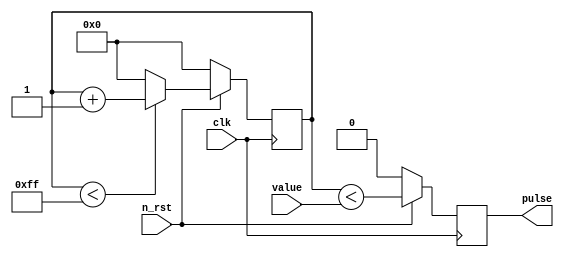
`default_nettype none

module pwm
  #(
    parameter CLOCK_FREQ = 50 * 10 ** 6, // 50 MHz
    parameter SCALE = 256
  )
  (
    input wire clk,
    input wire n_rst, 
    input wire [$clog2(SCALE):0] value,
    output wire pulse
  );

  reg [$clog2(SCALE):0] clk_cnt = 'd0;
  reg pulse_reg = 1'b0;

  assign pulse = pulse_reg;

  always @(posedge clk) begin
    if (!n_rst) begin
      // reset
      clk_cnt <= 1'b0;
      pulse_reg = 1'b0;
    end else begin
      // count clock cycles
      clk_cnt <= (clk_cnt < SCALE - 1) ? clk_cnt + 1'b1 : 'd0;
      pulse_reg <= clk_cnt < value;

    end
  end

endmodule
`default_nettype wire